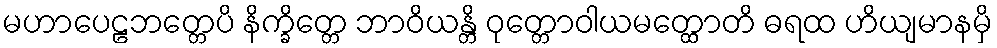
မဟာပေဠဘတ္တေပိ နိက္ခိတ္တေ ဘာဝိယန္တိ ဝုတ္တောဝါယမတ္ထောတိ ဓရထ ဟိယျမာနမှိ